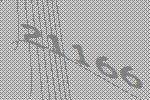
21166